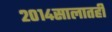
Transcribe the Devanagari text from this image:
२०१४सालातही